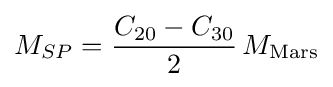
M_{SP}={\frac {C_{20}-C_{30}}{2}}\,M_{\text{Mars}}